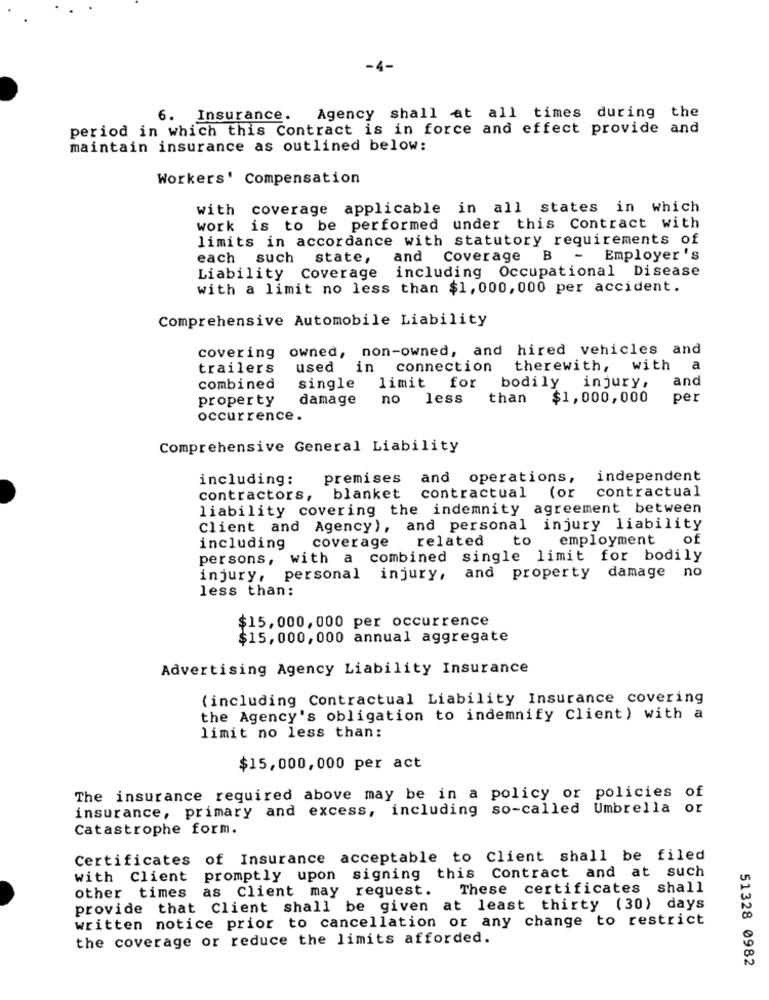
-4-
6. Insurance.
Agency shall at all times during the
period in which this Contract is in force and effect provide and
maintain insurance as outlined below:
Workers' Compensation
with coverage applicable in all states in which
work is to be performed under this Contract with
limits in accordance with statutory requirements of
each such
state,
and Coverage B
-
Employer 's
Coverage including Occupational Disease
Liability
with a limit no less than $1,000,000 per accident.
Comprehensive Automobile Liability
owned, non-owned, and hired vehicles and
covering
trailers
used in connection
therewith,
with
a
single
bodily
and
combined
limit
for
injury,
property
damage
no
less
than
$1,000,000
per
occurrence.
Comprehensive General Liability
including:
premises and operations,
independent
blanket contractual (or contractual
contractors,
liability covering the indemnity agreement between
Client and Agency), and personal injury liability
related
to
employment of
including
coverage
persons, with a combined single limit for bodily
injury, personal injury, and property damage no
less than:
$15,000, 000 per occurrence
$15,000, 000 annual aggregate
Advertising Agency Liability Insurance
(including Contractual Liability Insurance covering
the Agency's obligation to indemnify Client) with a
limit no less than:
$15,000,000 per act
The insurance required above may be in a policy or policies of
insurance, primary and excess, including so-called Umbrella or
Catastrophe form.
Certificates of Insurance acceptable to Client shall be filed
with Client promptly upon signing this Contract and at such
other times as Client may request.
These certificates shall
provide that Client shall be given at least thirty (30) days
written notice prior to cancellation or any change to restrict
the coverage or reduce the limits afforded.
51328 0982